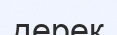
дерек